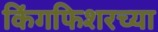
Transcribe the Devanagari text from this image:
किंगफिशरच्या